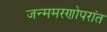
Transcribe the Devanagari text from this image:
जन्ममरणोपरांत